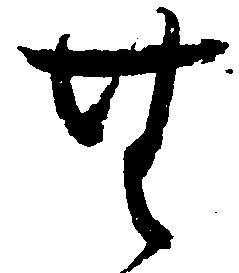
無